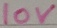
Text: 10V